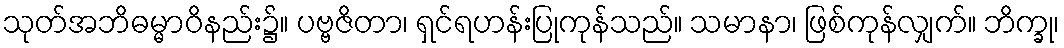
သုတ်အဘိဓမ္မာဝိနည်း၌။ ပဗ္ဗဇိတာ၊ ရှင်ရဟန်းပြုကုန်သည်။ သမာနာ၊ ဖြစ်ကုန်လျှက်။ ဘိက္ခု၊